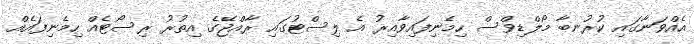
އެއްވަނާގައި ކުރުނބާ މޯލްޑިވްސް ހިމެނިފައިވާއިރު އެ ލިސްޓުގައި ރާއްޖޭގެ އިތުރު ރިސޯޓެއް ހިމެނިފައެއް